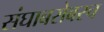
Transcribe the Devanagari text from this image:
संघाबरोबरच